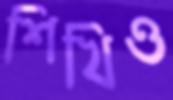
শিখিও